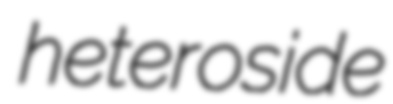
heteroside